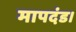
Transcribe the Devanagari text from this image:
मापदंड।